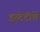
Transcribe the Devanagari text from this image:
इस्टेटींचें